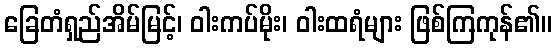
ခြေတံရှည်အိမ်မြင့်၊ ဝါးကပ်မိုး၊ ဝါးထရံများ ဖြစ်ကြကုန်၏။